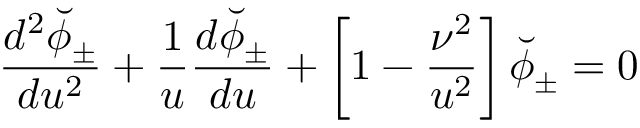
{ \frac { d ^ { 2 } \breve { \phi } _ { \pm } } { d u ^ { 2 } } } + { \frac { 1 } { u } } { \frac { d \breve { \phi } _ { \pm } } { d u } } + \left[ 1 - { \frac { \nu ^ { 2 } } { u ^ { 2 } } } \right] \breve { \phi } _ { \pm } = 0